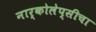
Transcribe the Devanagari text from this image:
नार्कोलेप्सीचा